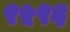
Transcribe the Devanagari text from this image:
९५९६